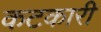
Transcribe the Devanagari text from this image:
कटकारी